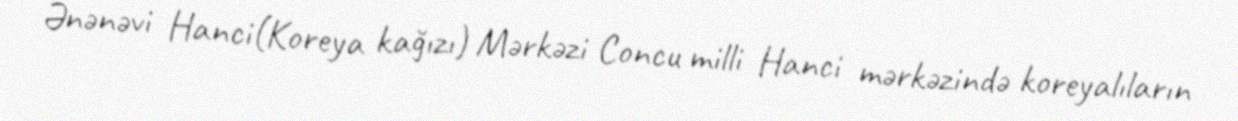
Ənənəvi Hanci(Koreya kağızı) Mərkəzi Concu milli Hanci mərkəzində koreyalıların